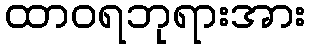
ထာဝရဘုရားအား